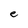
Character: e